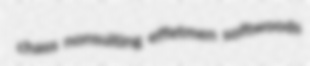
chass nonsuiting effetmen softwoods